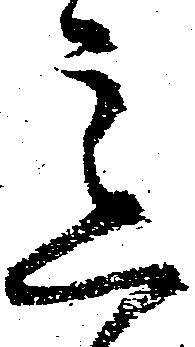
意